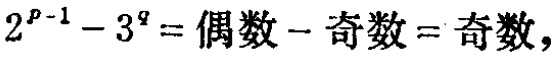
\(2^{p - 1} - 3^{q} = \text{偶数} - \text{奇数} = \text{奇数}\)